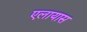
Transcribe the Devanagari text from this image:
एलायास